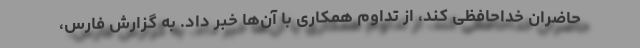
حاضران خداحافظی کند، از تداوم همکاری با آن‌ها خبر داد. به گزارش فارس،